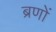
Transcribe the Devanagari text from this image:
ब्रणों